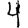
Digit: 4